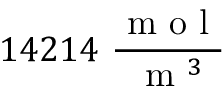
1 4 2 1 4 \ \frac { \mathrm { ~ m ~ o ~ l ~ } } { \mathrm { ~ m ~ } ^ { 3 } }